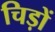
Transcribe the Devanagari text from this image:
चिड़ों